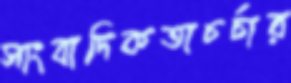
সাংবাদিকতাচর্চার